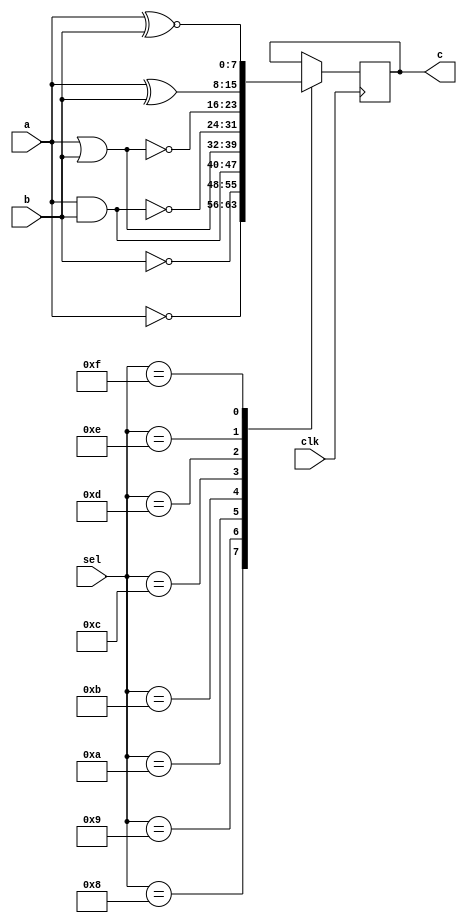
`timescale 1ns / 1ps
//////////////////////////////////////////////////////////////////////////////////
// Company: 
// Engineer: 
// 
// Design Name: 
// Module Name:    logic_unit 
// Project Name: 
// Target Devices: 
// Tool versions: 
// Description: 
//
// Dependencies: 
//
// Revision: 
// Revision 0.01 - File Created
// Additional Comments: 
//
//////////////////////////////////////////////////////////////////////////////////
module logic_unit(
a,
b,
clk,
sel,
c
    );

input wire [7:0] a;
input wire [7:0] b;
input clk;
input wire [3:0] sel;
output wire [7:0] c;

reg [7:0] res;

always @(posedge clk)
begin
	case (sel) 
		8 : res = ~a; 
		9 : res = ~b; 
		10 : res = a & b;   
		11 : res = a | b;
		12 : res = ~(a & b);
		13 : res = ~(a | b);
		14 : res = a^b;
		15 : res = a~^b;		
		default : $display("Error in SEL"); 
 endcase 
end

assign c = res;

endmodule